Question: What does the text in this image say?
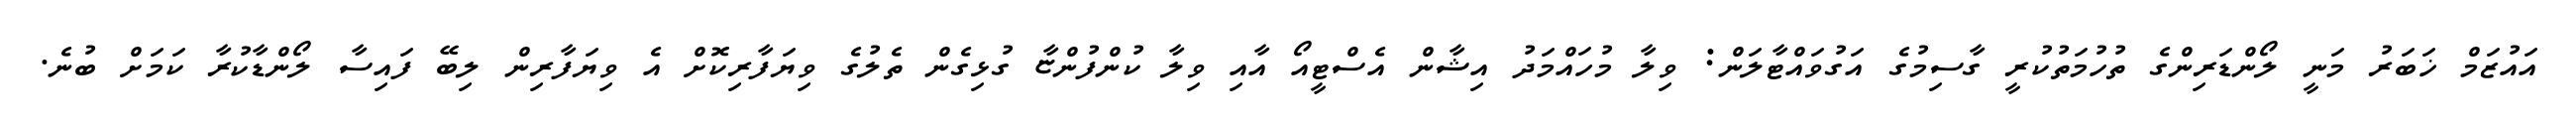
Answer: އައުޒަމް ޚަބަރު މަނީ ލޯންޑަރިންގެ ތުހުމަތުކުރީ ގާސިމުގެ އަގުވައްޓާލަން: ވިލާ މުހައްމަދު އިޝާން އެސްޓީއޯ އާއި ވިލާ ކުންފުންޏާ ގުޅިގެން ތެލުގެ ވިޔަފާރިކޮށް އެ ވިޔަފާރިން ލިބޭ ފައިސާ ލޯންޑާކުރާ ކަމަށް ބުނެ.